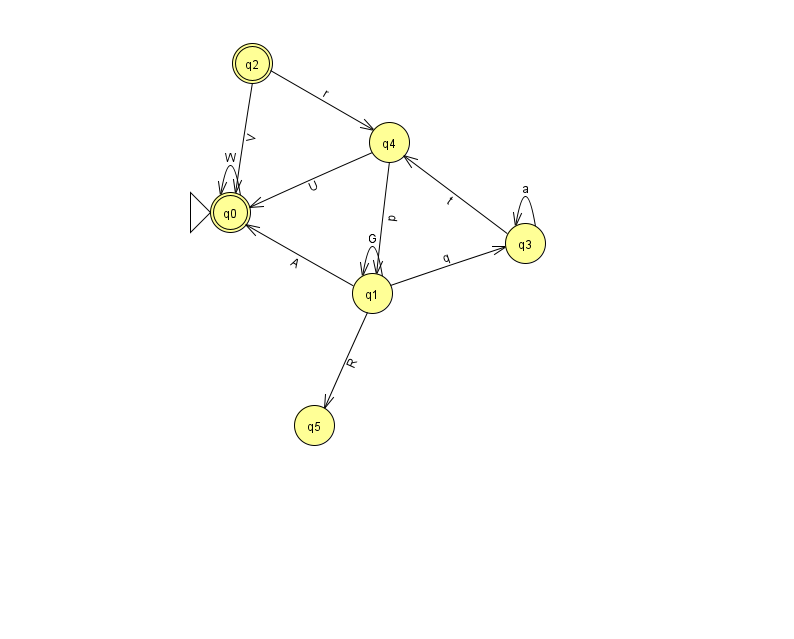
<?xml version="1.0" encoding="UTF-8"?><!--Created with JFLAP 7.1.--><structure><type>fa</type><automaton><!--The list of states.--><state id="0" name="q0"><x>230.0</x><y>199.0</y><initial/><final/></state><state id="1" name="q1"><x>372.0</x><y>280.0</y></state><state id="2" name="q2"><x>252.0</x><y>50.0</y><final/></state><state id="3" name="q3"><x>525.0</x><y>230.0</y></state><state id="4" name="q4"><x>389.0</x><y>129.0</y></state><state id="5" name="q5"><x>314.0</x><y>412.0</y></state><!--The list of transitions.--><transition><from>2</from><to>4</to><read>r</read></transition><transition><from>3</from><to>3</to><read>a</read></transition><transition><from>4</from><to>1</to><read>p</read></transition><transition><from>4</from><to>0</to><read>U</read></transition><transition><from>0</from><to>0</to><read>W</read></transition><transition><from>1</from><to>0</to><read>A</read></transition><transition><from>1</from><to>1</to><read>G</read></transition><transition><from>2</from><to>0</to><read>V</read></transition><transition><from>1</from><to>3</to><read>q</read></transition><transition><from>3</from><to>4</to><read>t</read></transition><transition><from>1</from><to>5</to><read>R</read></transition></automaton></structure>